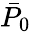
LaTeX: \bar{P}_{0}